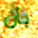
بأن